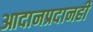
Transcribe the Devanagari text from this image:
आदानप्रदानही